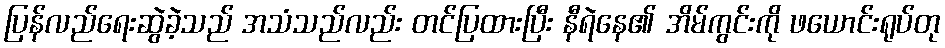
ပြန်လည်ရေးဆွဲခဲ့သည် အသံသည်လည်း တင်ပြထားပြီး နီရဲနေ၏ အိမ်ကွင်းကို ဖယောင်းရုပ်တု